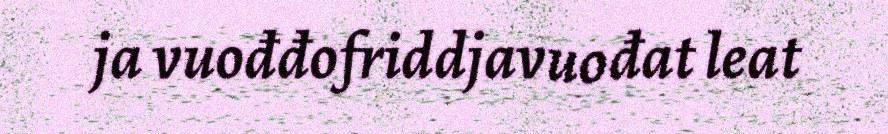
ja vuođđofriddjavuođat leat